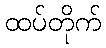
ထပ်တိုက်